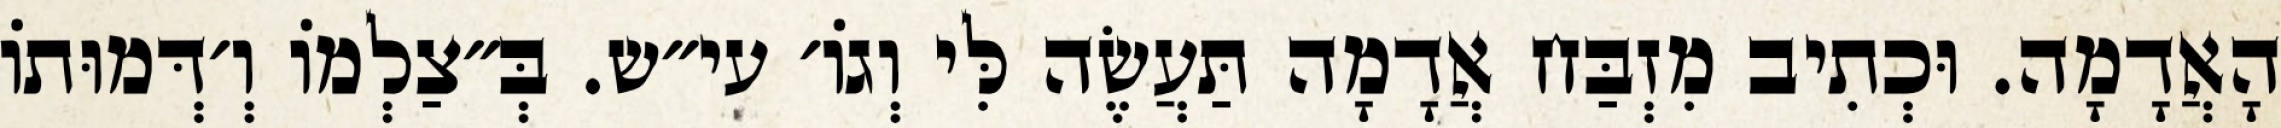
הָאֲדָמָה. וּכְתִיב מִזְבַּח אֲדָמָה תַּעֲשֶׂה לִּי וְגוֹ׳ עי״ש. בְּ״צַלְמוֹ וְ׳דְּמוּתוֹ